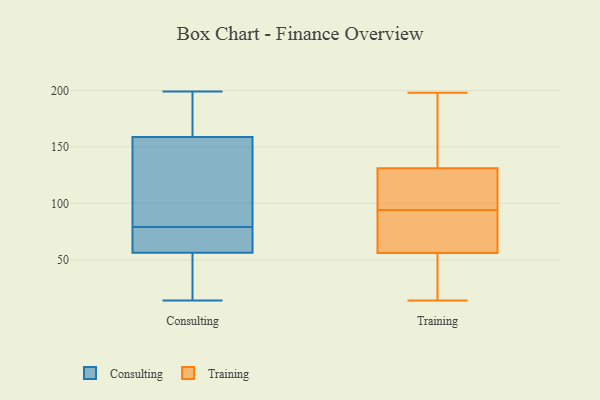
{"axis": {"x": "Customer Acquisition Cost (USD)", "y": "Value"}, "legend": ["Consulting", "Training"], "data": [{"x": "", "y": 199, "type": "Consulting"}, {"x": "", "y": 59, "type": "Consulting"}, {"x": "", "y": 57, "type": "Consulting"}, {"x": "", "y": 88, "type": "Consulting"}, {"x": "", "y": 127, "type": "Consulting"}, {"x": "", "y": 195, "type": "Consulting"}, {"x": "", "y": 79, "type": "Consulting"}, {"x": "", "y": 54, "type": "Consulting"}, {"x": "", "y": 182, "type": "Consulting"}, {"x": "", "y": 14, "type": "Consulting"}, {"x": "", "y": 182, "type": "Consulting"}, {"x": "", "y": 151, "type": "Consulting"}, {"x": "", "y": 74, "type": "Consulting"}, {"x": "", "y": 52, "type": "Consulting"}, {"x": "", "y": 50, "type": "Consulting"}, {"x": "", "y": 72, "type": "Consulting"}, {"x": "", "y": 124, "type": "Consulting"}, {"x": "", "y": 141, "type": "Training"}, {"x": "", "y": 56, "type": "Training"}, {"x": "", "y": 56, "type": "Training"}, {"x": "", "y": 198, "type": "Training"}, {"x": "", "y": 14, "type": "Training"}, {"x": "", "y": 159, "type": "Training"}, {"x": "", "y": 101, "type": "Training"}, {"x": "", "y": 99, "type": "Training"}, {"x": "", "y": 55, "type": "Training"}, {"x": "", "y": 72, "type": "Training"}, {"x": "", "y": 94, "type": "Training"}]}